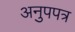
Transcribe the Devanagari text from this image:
अनुपपत्र